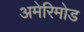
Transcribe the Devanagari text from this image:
अमेरिमोड